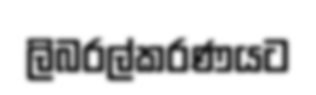
ලිබරල්කරණයට